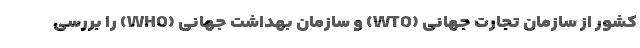
کشور از سازمان تجارت جهانی (WTO) و سازمان بهداشت جهانی (WHO) را بررسی